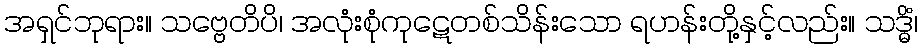
အရှင်ဘုရား။ သဗ္ဗေတိပိ၊ အလုံးစုံကုဋေတစ်သိန်းသော ရဟန်းတို့နှင့်လည်း။ သဒ္ဓိံ၊